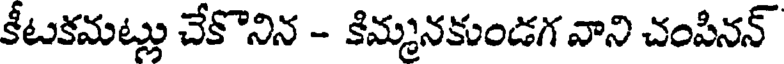
కీటకమట్లు చేకొనిన - కిమ్మనకుండగ వాని చంపినన్